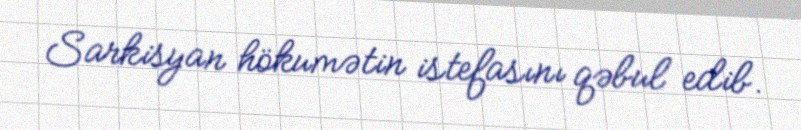
Sarkisyan hökumətin istefasını qəbul edib.